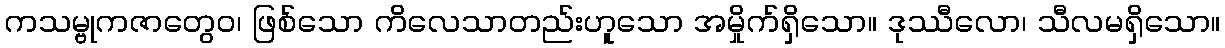
ကသမ္ဗုကဇာတွေဝ၊ ဖြစ်သော ကိလေသာတည်းဟူသော အမှိုက်ရှိသော။ ဒုဿီလော၊ သီလမရှိသော။